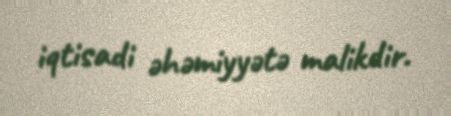
iqtisadi əhəmiyyətə malikdir.